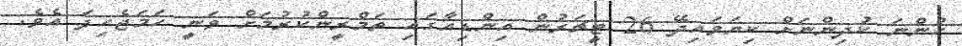
ހުންނަ ކުދިންނަށް ކިޔަވައިދޭ 26 ޓީޗަރުން އިންޑިއާގައި ތަމްރީންކުރުމަށް ވަނީ ހަމަޖެހިފަ އެވެ.